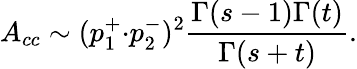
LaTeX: A_{cc}\sim(p_{1}^{+}{\cdot}p_{2}^{-})^{2}\frac{\Gamma(s-1)\Gamma(t)}{\Gamma(s+t)}.